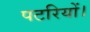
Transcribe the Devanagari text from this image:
पटरियों।